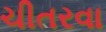
ચીતરવા